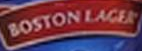
BOSTON LACEK